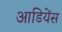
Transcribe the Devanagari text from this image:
आडियेंस